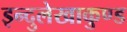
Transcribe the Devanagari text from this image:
इन्दुलेखाकुण्ड